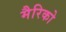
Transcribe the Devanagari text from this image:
मैरिको